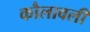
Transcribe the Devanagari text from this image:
कौलावली